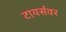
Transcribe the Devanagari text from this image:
टायर्सवर